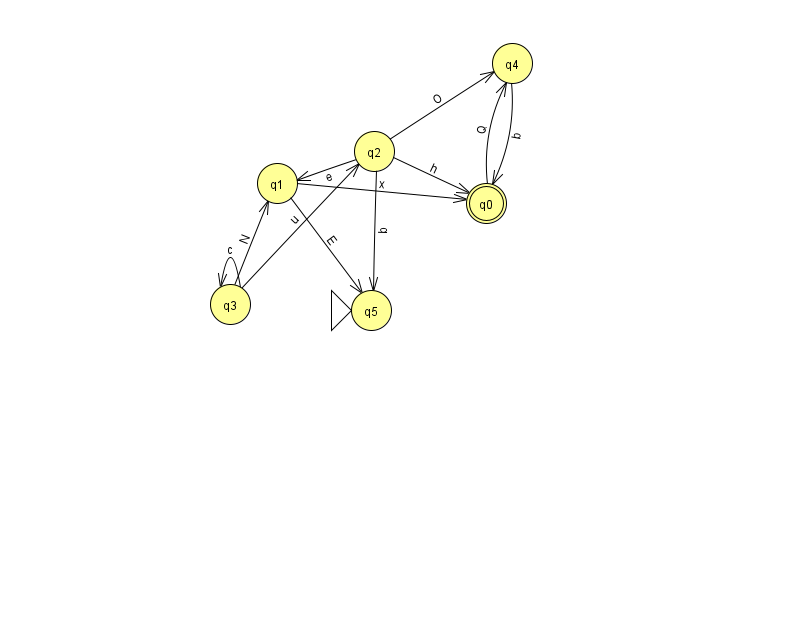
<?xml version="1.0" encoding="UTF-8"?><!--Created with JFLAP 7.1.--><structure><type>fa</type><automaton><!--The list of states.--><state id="0" name="q0"><x>486.0</x><y>190.0</y><final/></state><state id="1" name="q1"><x>277.0</x><y>170.0</y></state><state id="2" name="q2"><x>374.0</x><y>138.0</y></state><state id="3" name="q3"><x>230.0</x><y>291.0</y></state><state id="4" name="q4"><x>512.0</x><y>50.0</y></state><state id="5" name="q5"><x>371.0</x><y>297.0</y><initial/></state><!--The list of transitions.--><transition><from>2</from><to>5</to><read>b</read></transition><transition><from>3</from><to>1</to><read>N</read></transition><transition><from>3</from><to>3</to><read>c</read></transition><transition><from>2</from><to>0</to><read>h</read></transition><transition><from>2</from><to>4</to><read>O</read></transition><transition><from>3</from><to>2</to><read>u</read></transition><transition><from>4</from><to>0</to><read>b</read></transition><transition><from>0</from><to>4</to><read>Q</read></transition><transition><from>1</from><to>0</to><read>x</read></transition><transition><from>1</from><to>5</to><read>E</read></transition><transition><from>2</from><to>1</to><read>e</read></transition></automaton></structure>